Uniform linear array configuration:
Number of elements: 8
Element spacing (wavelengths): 0.5
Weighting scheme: blackman
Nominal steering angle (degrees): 0
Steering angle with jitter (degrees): -1.524
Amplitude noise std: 0.05
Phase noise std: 0.05

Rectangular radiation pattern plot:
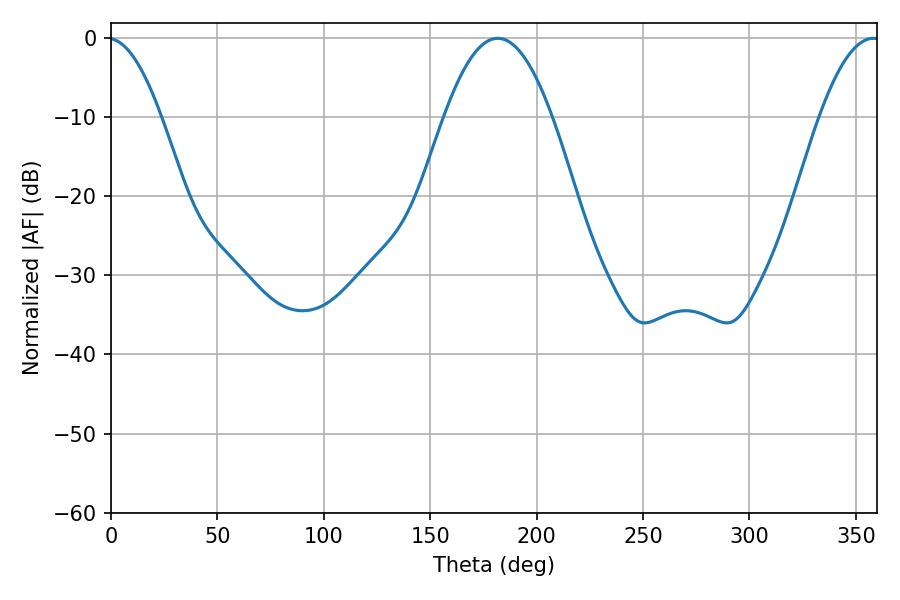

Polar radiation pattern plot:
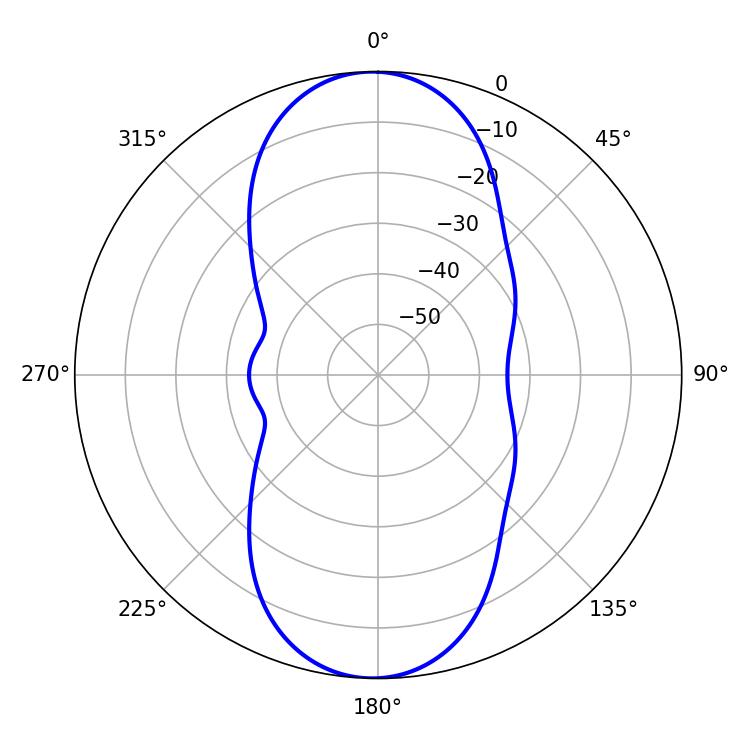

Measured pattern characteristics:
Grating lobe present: FALSE
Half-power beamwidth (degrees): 27.72
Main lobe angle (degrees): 181.8